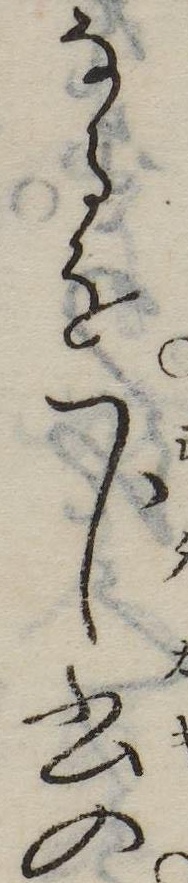
なるを下書の